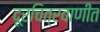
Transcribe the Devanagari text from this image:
दूरचित्रवाणीत